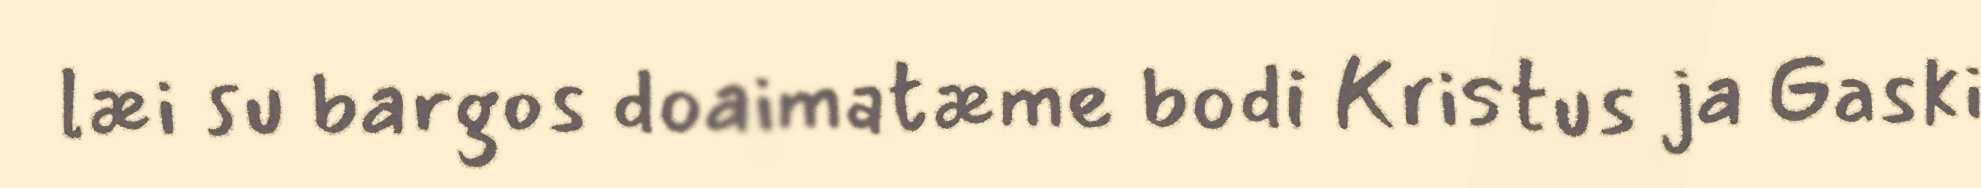
læi su bargos doaimatæme bodi Kristus ja Gaski